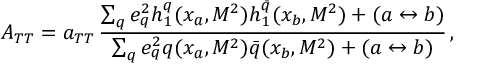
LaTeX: A _ { T T } = a _ { T T } \, \frac { \sum _ { q } e _ { q } ^ { 2 } h _ { 1 } ^ { q } ( x _ { a } , M ^ { 2 } ) h _ { 1 } ^ { \bar { q } } ( x _ { b } , M ^ { 2 } ) + ( a \leftrightarrow b ) } { \sum _ { q } e _ { q } ^ { 2 } q ( x _ { a } , M ^ { 2 } ) \bar { q } ( x _ { b } , M ^ { 2 } ) + ( a \leftrightarrow b ) } \, ,